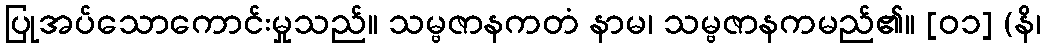
ပြုအပ်သောကောင်းမှုသည်။ သမ္ဗဇာနကတံ နာမ၊ သမ္ဗဇာနကမည်၏။ [၀၁] (နိ၊